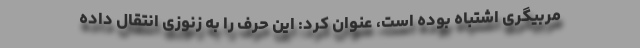
مربیگری اشتباه بوده است، عنوان کرد: این حرف را به زنوزی انتقال داده